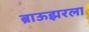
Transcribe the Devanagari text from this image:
ब्राऊझरला